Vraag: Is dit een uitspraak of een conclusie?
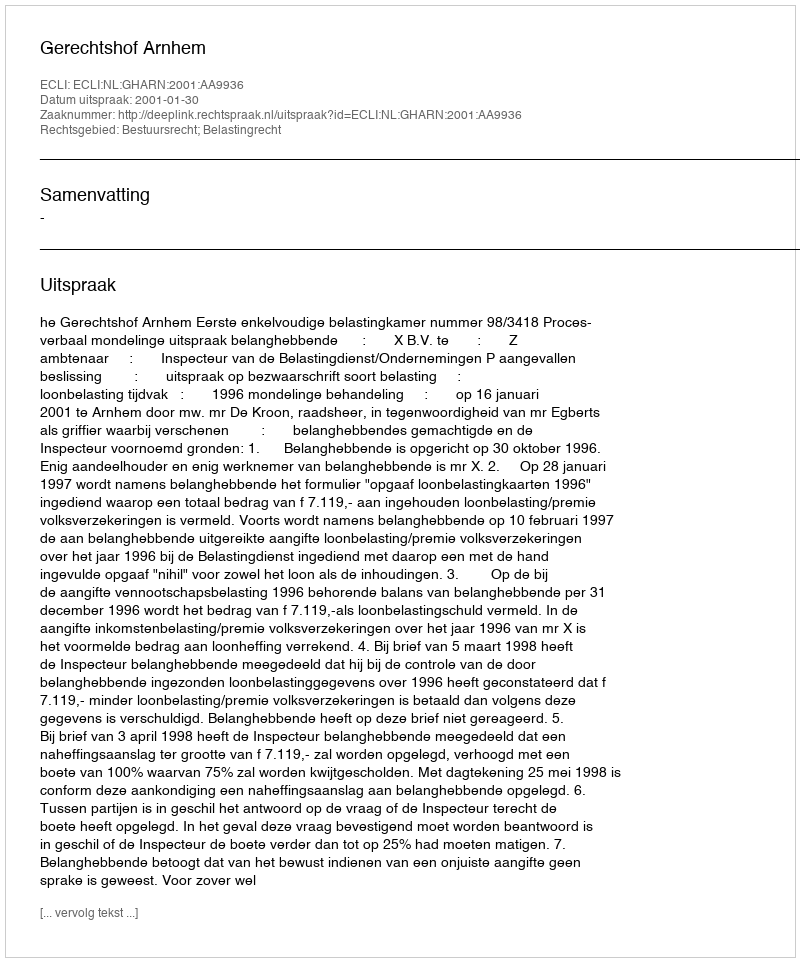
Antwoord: Uitspraak